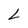
Character: L